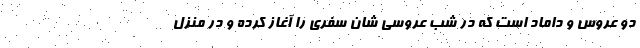
دو عروس و داماد است که در شب عروسی شان سفری را آغاز کرده و در منزل